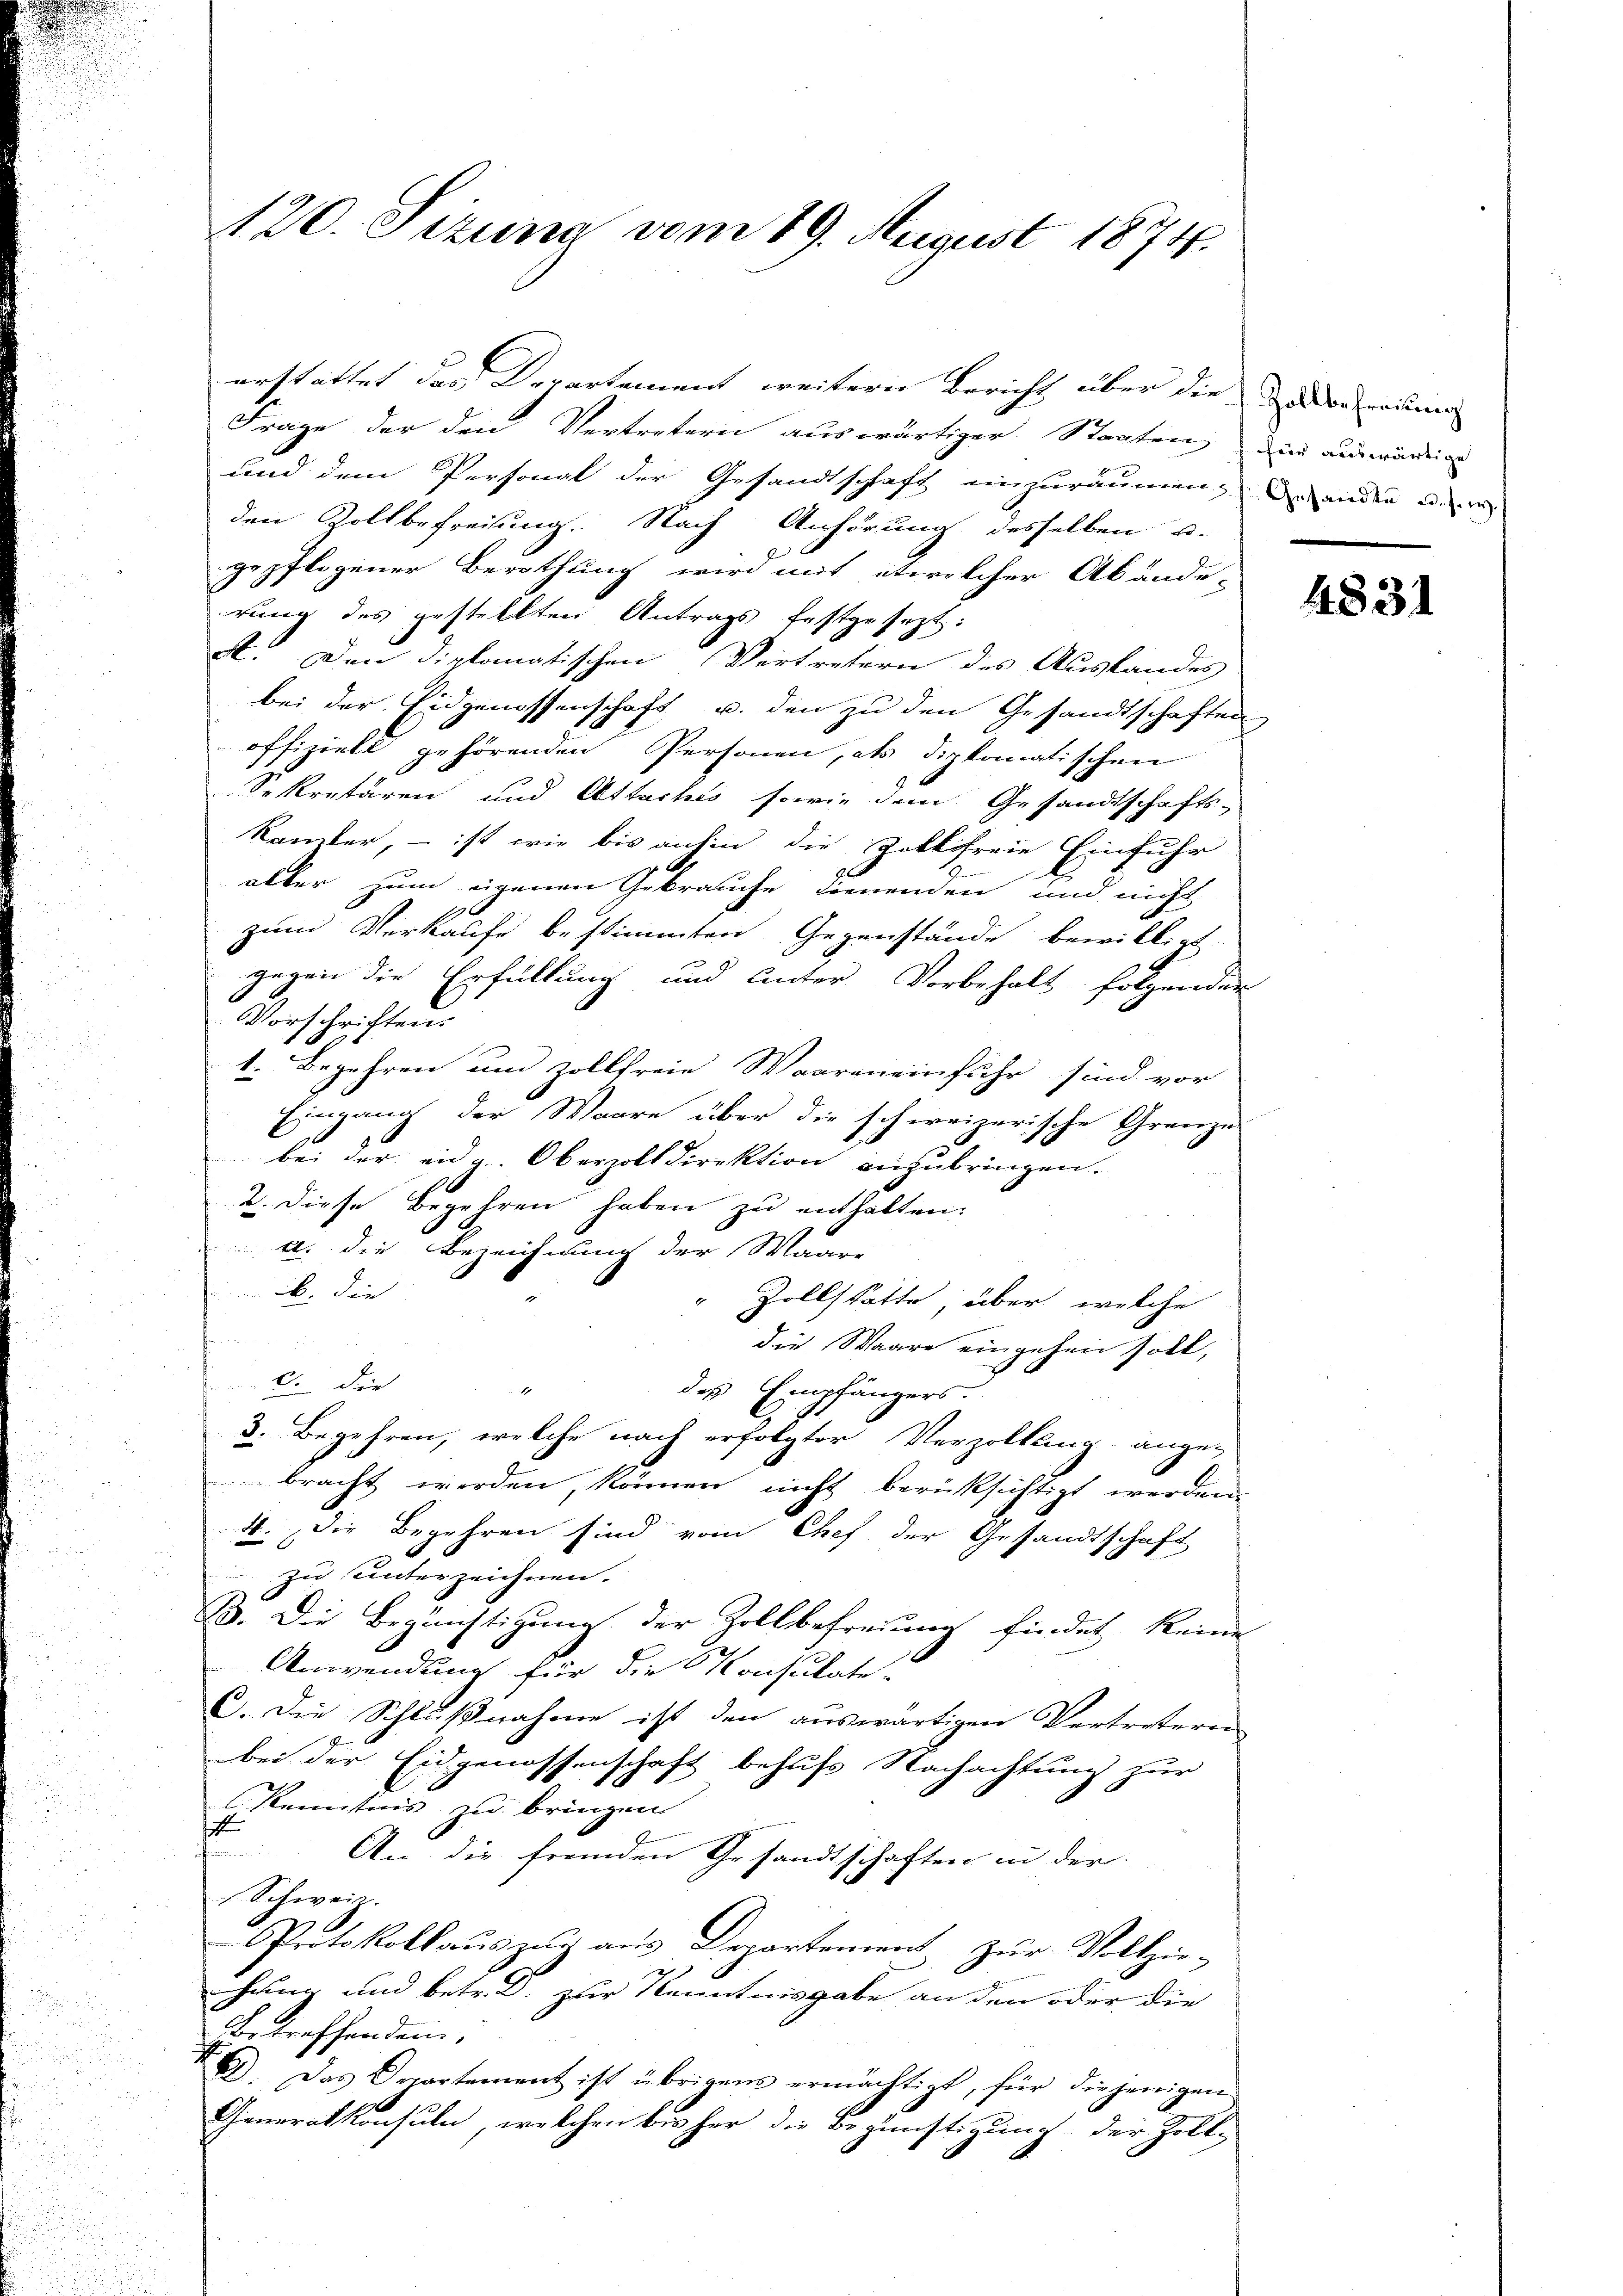
120. Sizung vom 19. August 1874.

erstattet der Departement weitern Bericht über die der einen
Frage der den Vertretern auswärtiger Staaten, die auswärdeig
und dem Personal der Gesandtschaft einzuräumen, der ander u. er
den Zollbefreiung. Nach Anhörung desselben u.
gepflogener Berathung wird mit etwelcher Abände-
rung des gestellten Antrags festgesezt:
X. Den diplomatischen Vertretern des Auslandes
bei der Eidgenossenschaft u. den zu den Gesandtschaften
offiziell gehörenden Personen, als diplomatischen
Sekretären und Attactes sowie dem Gesandtschafts-
kamler, – ist wie bis anhin die Zollfreie Einfuhr
alber zum eigenen Gebrauche hienenden, und nicht
zum Verkaufe bestimmten Gegenstände bewilligt
gegen die Erfüllung und unter Vorbehalt folgender
Vorschriften.
1. Begehren und zollfreie Waaren einfuhr sind vor
Eingang der Waare über die schweizerische Grenze
bei der eidg. Oberzolldirektion anzubringen.
2. Diese Begehren haben zu enthalten.
a. die Bezeichnung der Maare
b. die
" Zollstätte, über, welche
die Waare eingehen soll,
6. die

des Empfängers.
3. Begehren, welche nach erfolgter Verzöllung ange-
bracht werden, können nicht berücksichtigt werden.
4. Die Begehren sind vom Chef der Gesandtschaft
zu unterzeichnen.
B. Die Begünstigung der Zollbefreiung findet keine
Anwendung für die Konsulate.
G. Die Schlußnahme ist den auswärtigen Vertretern
bei der Eidgenossenschaft behufs Nachachtung zur
Kenntnis zu bringen
s
An die fremden Gesandtschaften in der
Schweiz.
PProtokollaŭszŭg aŭs Departement zŭr Vollzie-
chung und betr. D. zur Kenntnisgabe an den oder die
Betreffenden
D. Das Copartement ist übrigens ermächtigt, für diejenigen
Generalkonsuln, welchen bis her die Begünstigung der Zoll-

4831